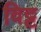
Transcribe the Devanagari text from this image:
विट्ट